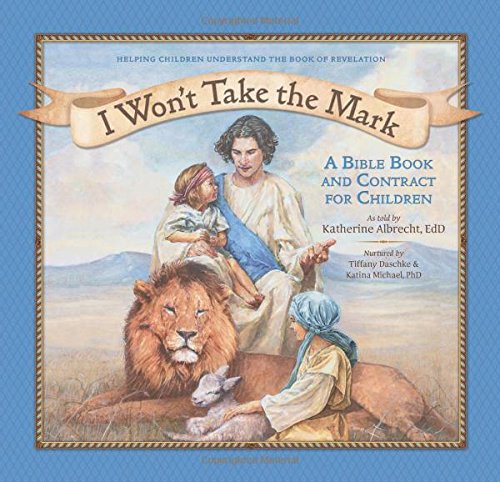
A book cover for I Won't Take the Mark: A Bible Book and Contract for Children; Katherine Albrecht Ed.D; Religion & Spirituality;